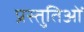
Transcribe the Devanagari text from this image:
प्रस्तुतिओं